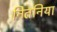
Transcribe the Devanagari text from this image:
नितनिया